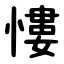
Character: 慺